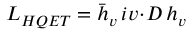
{ \cal L } _ { H Q E T } = \bar { h } _ { v } \, i v \! \cdot \! D \, h _ { v }